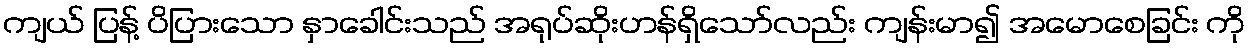
ကျယ် ပြန့် ပိပြားသော နှာခေါင်းသည် အရုပ်ဆိုးဟန်ရှိသော်လည်း ကျန်းမာ၍ အမောစေခြင်း ကို